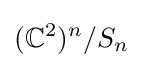
(\mathbb {C} ^{2})^{n}/S_{n}